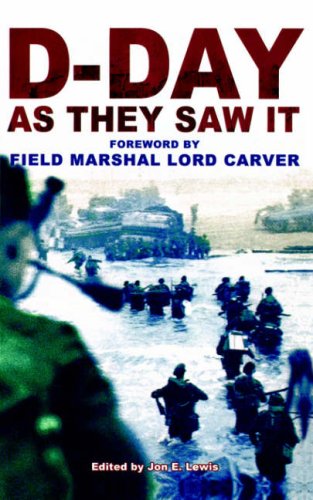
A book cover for D-Day as They Saw it: The Story of the Battle by Those Who Were There; History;